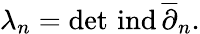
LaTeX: \lambda_{n}=\operatorname*{det}\, \mathrm{ind}\, \overline{{\partial}}_{n}.